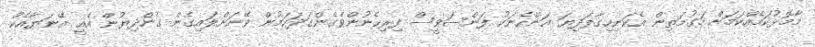
މާމޮޅުކަމެއްކަމަށް މަގުމަތިން އެކަނިހިގާފަދިޔަ އަންހެނަކު ފަންސަވީސް ފިރިހެނުންވެގެންގަދަކަމުން ވޭނަށްލައިގެން ގެންދިޔުން އެއީ އޭނަޔާއެކު